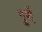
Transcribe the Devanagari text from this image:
पूर्णे